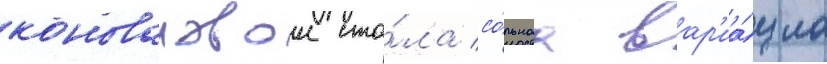
коноваловои ста́ла со́льнаа вар'иа́циа